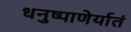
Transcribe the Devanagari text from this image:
धनुष्पाणेर्यातं